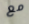
مع